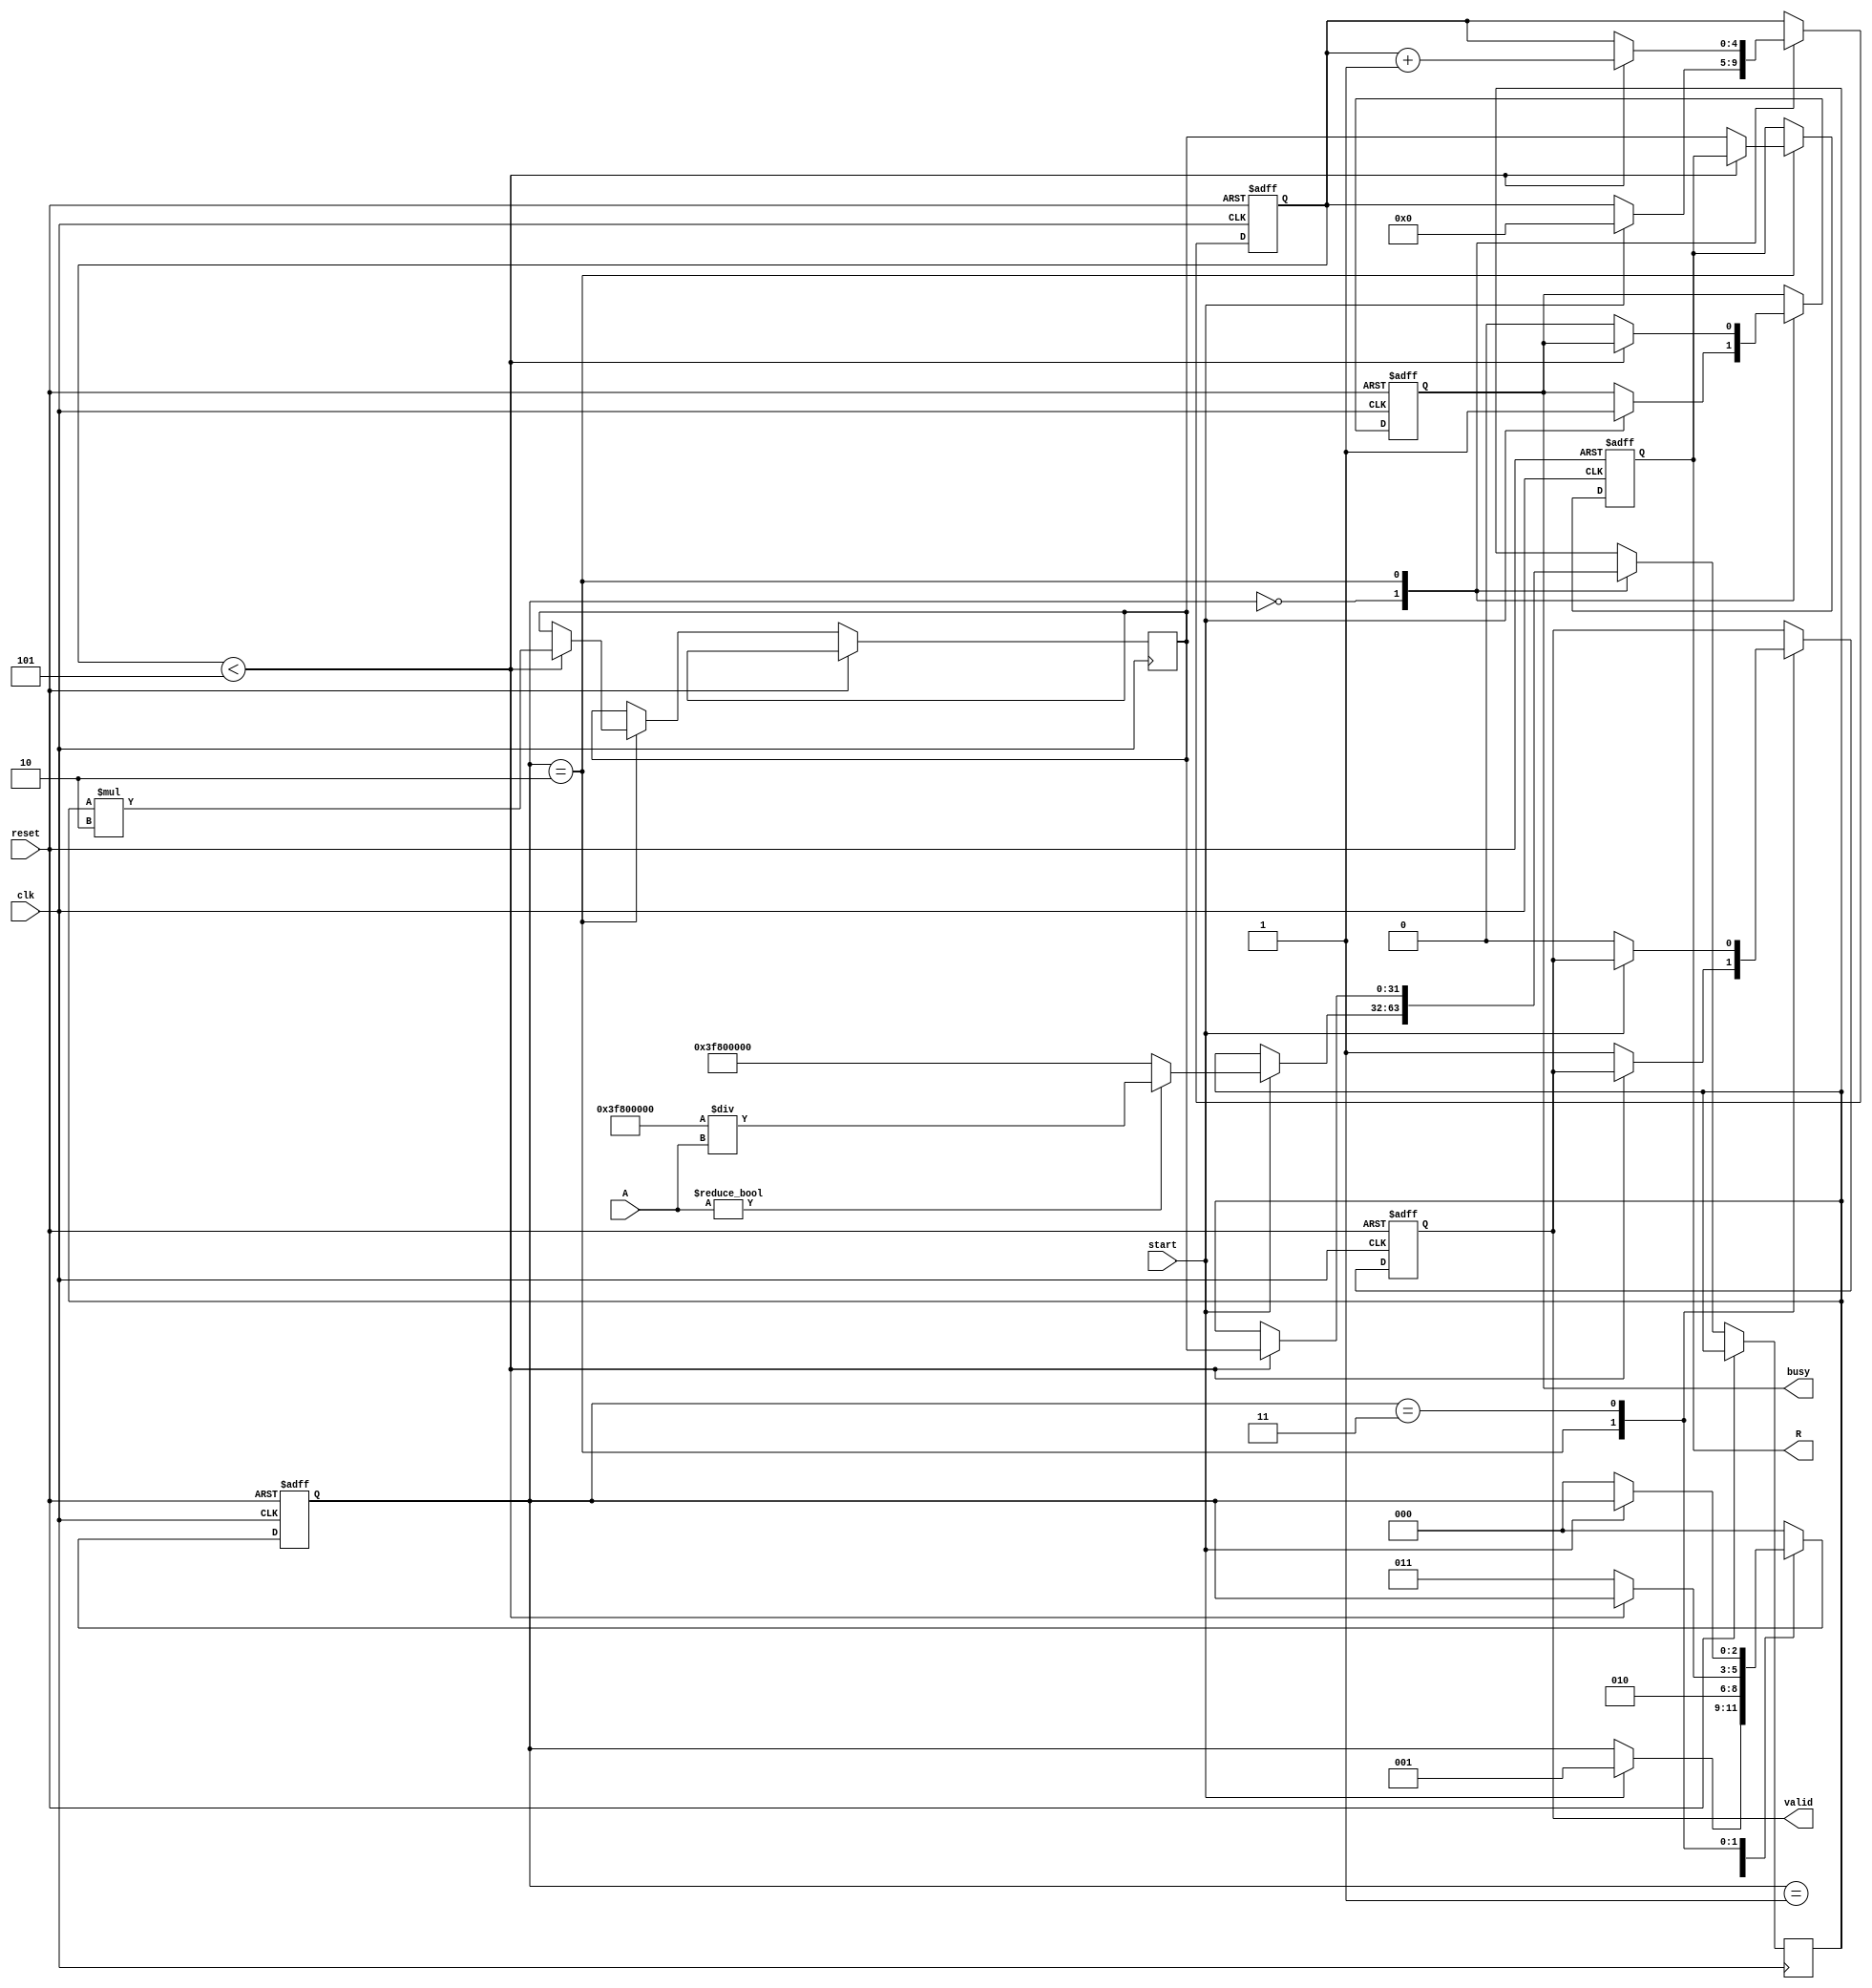
module ReciprocalUnit (
    input wire clk,
    input wire reset,
    input wire start,
    input wire [31:0] A, // 32-bit input
    output reg [31:0] R, // 32-bit output
    output reg valid,
    output reg busy
);

    // Internal states
    reg [2:0] state;
    reg [31:0] x; // Current approximation
    reg [31:0] x_next; // Next approximation
    reg [4:0] iteration_count; // Iteration counter

    // State encoding
    localparam IDLE = 3'b000;
    localparam INIT = 3'b001;
    localparam COMPUTE = 3'b010;
    localparam DONE = 3'b011;

    // Constants for Newton-Raphson
    localparam ITERATIONS = 5; // Number of iterations for refinement

    // Initial approximation (for normalized values)
    function [31:0] initial_approximation(input [31:0] value);
        begin
            // Simple initial approximation (1/A)
            initial_approximation = 32'h3F800000; // 1.0 in IEEE 754
            if (value != 0) begin
                initial_approximation = 32'h3F800000 / value; // Rough approximation
            end
        end
    endfunction

    // Newton-Raphson update
    function [31:0] newton_raphson(input [31:0] x, input [31:0] A);
        begin
            // x_next = x * (2 - A * x)
            newton_raphson = x * (32'h00000002 - (A * x >> 32)); // Shift for fixed-point
        end
    endfunction

    // Sequential logic
    always @(posedge clk or posedge reset) begin
        if (reset) begin
            state <= IDLE;
            R <= 32'b0;
            valid <= 1'b0;
            busy <= 1'b0;
            iteration_count <= 5'b0;
        end else begin
            case (state)
                IDLE: begin
                    if (start) begin
                        x <= initial_approximation(A);
                        iteration_count <= 5'b0;
                        busy <= 1'b1;
                        state <= INIT;
                    end
                end

                INIT: begin
                    // Start computation
                    state <= COMPUTE;
                end

                COMPUTE: begin
                    if (iteration_count < ITERATIONS) begin
                        x_next <= newton_raphson(x, A);
                        x <= x_next;
                        iteration_count <= iteration_count + 1;
                    end else begin
                        R <= x_next; // Final result
                        valid <= 1'b1;
                        busy <= 1'b0;
                        state <= DONE;
                    end
                end

                DONE: begin
                    if (!start) begin
                        valid <= 1'b0; // Reset valid signal
                        state <= IDLE; // Go back to IDLE
                    end
                end

                default: state <= IDLE; // Default state
            endcase
        end
    end

endmodule